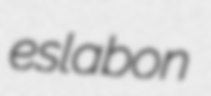
eslabon